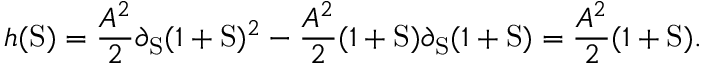
h ( \mathrm { S } ) = \frac { A ^ { 2 } } { 2 } \partial _ { \mathrm { S } } ( 1 + \mathrm { S } ) ^ { 2 } - \frac { A ^ { 2 } } { 2 } ( 1 + \mathrm { S } ) \partial _ { \mathrm { S } } ( 1 + \mathrm { S } ) = \frac { A ^ { 2 } } { 2 } ( 1 + \mathrm { S } ) .